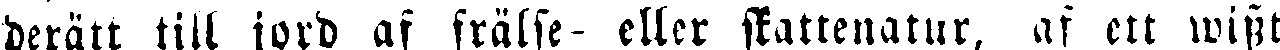
derätt till jord af frälse- eller skattenatur, af ett wisst